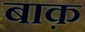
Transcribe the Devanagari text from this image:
बाक़